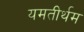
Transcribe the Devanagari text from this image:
यमतीर्थम